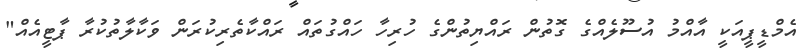
އެމްޑީޕީއަކީ އާއްމު އުސޫލެއްގެ ގޮތުން ރައްޔިތުންގެ ހުރިހާ ހައްގުތައް ރައްކާތެރިކުރަން ވަކާލާތުކުރާ ޕާޓީއެއް"